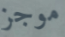
موجز